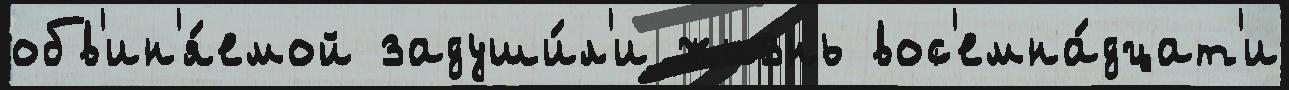
обв'ин'я́емой задуши́л'и жизнь вос'емна́дцат'и